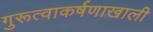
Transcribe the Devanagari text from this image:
गुरूत्वाकर्षणाखाली